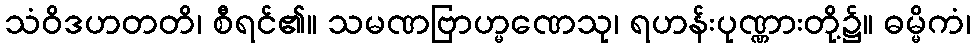
သံဝိဒဟတတိ၊ စီရင်၏။ သမဏဗြာဟ္မဏေသု၊ ရဟန်းပုဏ္ဏားတို့၌။ ဓမ္မိကံ၊